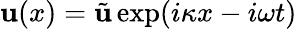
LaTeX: {\textbf{u}}(x)=\tilde{\textbf{u}}\exp(i\kappa x-i\omega t)